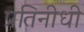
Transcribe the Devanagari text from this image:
प्रतिनीधी